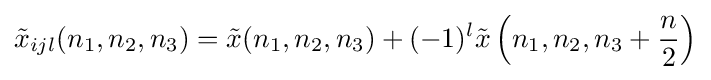
{\tilde {x}}_{ijl}(n_{1},n_{2},n_{3})={\tilde {x}}(n_{1},n_{2},n_{3})+(-1)^{l}{\tilde {x}}\left(n_{1},n_{2},n_{3}+{\frac {n}{2}}\right)